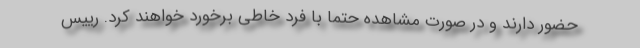
حضور دارند و در صورت مشاهده حتما با فرد خاطی برخورد خواهند کرد. رییس